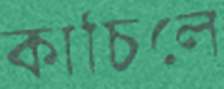
কাচিলে